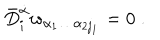
\bar { D } _ { i } ^ { \dot { \alpha } } w _ { \alpha _ { 1 } \ldots \alpha _ { 2 j _ { 1 } } } = 0 \; .